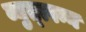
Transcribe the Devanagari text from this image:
व्युत्त्पन्न